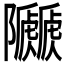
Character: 𨽯